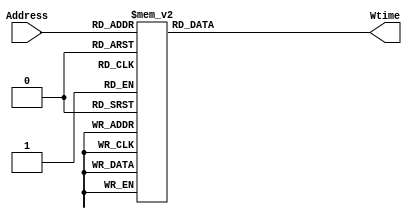
module WtimeLUT (input [4:0] Address, output reg [4:0] Wtime);
  
  always @(*) begin
    
    case (Address)//Address = {T_count,P_count}
      //T_Count = 1        
      5'b01_001 : Wtime = 3;
      5'b01_010 : Wtime = 6;
      5'b01_011 : Wtime = 9;
      5'b01_100 : Wtime = 12;
      5'b01_101 : Wtime = 15;
      5'b01_110 : Wtime = 18;
      5'b01_111 : Wtime = 21;
      //T_Count = 2
      5'b10_001 : Wtime = 3;
      5'b10_010 : Wtime = 4;
      5'b10_011 : Wtime = 6;
      5'b10_100 : Wtime = 7;
      5'b10_101 : Wtime = 9;
      5'b10_110 : Wtime = 10;
      5'b10_111 : Wtime = 12;
      //T_Count = 3
      5'b11_001 : Wtime = 3;
      5'b11_010 : Wtime = 4;
      5'b11_011 : Wtime = 5;
      5'b11_100 : Wtime = 6;
      5'b11_101 : Wtime = 7;
      5'b11_110 : Wtime = 8;
      5'b11_111 : Wtime = 9;
      //Pcount = 0
      default   : Wtime = 0;
    endcase
  
  end//always
endmodule